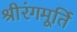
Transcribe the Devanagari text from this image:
श्रीरंगमूर्ति